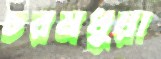
চরমধুয়া